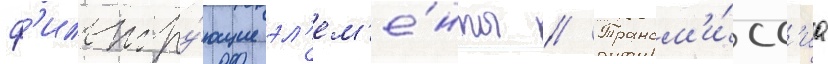
ф'ильтру́ющие эл'ем'е́нты // Трансм'и́сс'иа